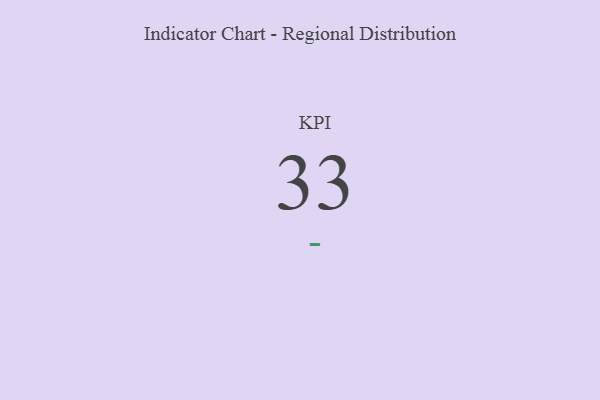
{"axis": {"x": "KPI", "y": "Value"}, "legend": [""], "data": [{"x": "KPI", "y": 33, "type": ""}]}